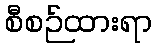
စီစဉ်ထားရာ